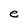
Character: e